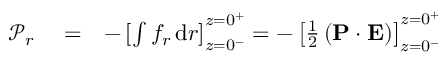
\begin{array} { r l r } { \mathcal { P } _ { r } } & { { } = } & { - \left[ \int f _ { r } \, \mathrm { d } r \right] _ { z = 0 ^ { - } } ^ { z = 0 ^ { + } } = - \left[ \frac { 1 } { 2 } \left( \mathbf P \cdot \mathbf E \right) \right] _ { z = 0 ^ { - } } ^ { z = 0 ^ { + } } } \end{array}